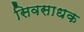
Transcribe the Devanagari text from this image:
सिवसाधक